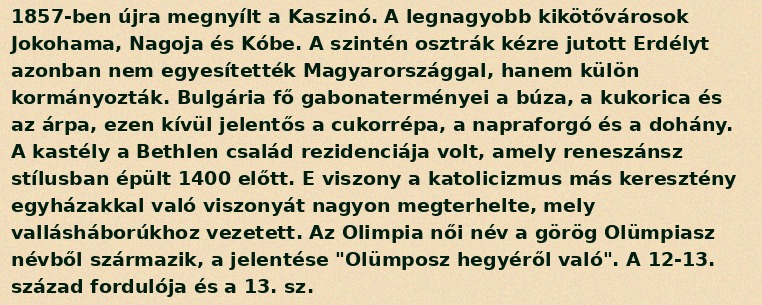
1857-ben újra megnyílt a Kaszinó. A legnagyobb kikötővárosok Jokohama, Nagoja és Kóbe. A szintén osztrák kézre jutott Erdélyt azonban nem egyesítették Magyarországgal, hanem külön kormányozták. Bulgária fő gabonaterményei a búza, a kukorica és az árpa, ezen kívül jelentős a cukorrépa, a napraforgó és a dohány. A kastély a Bethlen család rezidenciája volt, amely reneszánsz stílusban épült 1400 előtt. E viszony a katolicizmus más keresztény egyházakkal való viszonyát nagyon megterhelte, mely vallásháborúkhoz vezetett. Az Olimpia női név a görög Olümpiasz névből származik, a jelentése "Olümposz hegyéről való". A 12-13. század fordulója és a 13. sz.